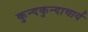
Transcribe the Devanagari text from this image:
कुन्दकुन्दाचार्य